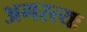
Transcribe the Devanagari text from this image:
अगस्त्यः